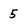
Character: 5